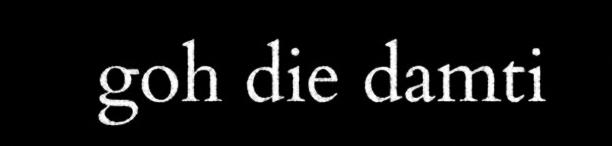
goh die damti